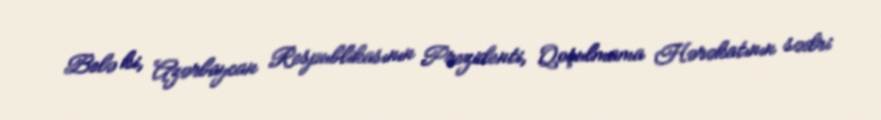
Belə ki, Azərbaycan Respublikasının Prezidenti, Qoşulmama Hərəkatının sədri